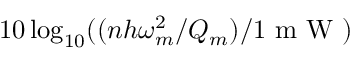
1 0 \log _ { 1 0 } ( ( n h \omega _ { m } ^ { 2 } / Q _ { m } ) / 1 \textrm { m W } )